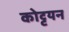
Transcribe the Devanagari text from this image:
कोट्टयन